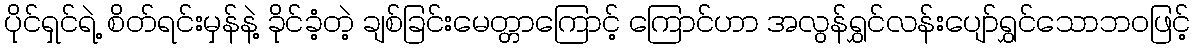
ပိုင်ရှင်ရဲ့ စိတ်ရင်းမှန်နဲ့ ခိုင်ခံ့တဲ့ ချစ်ခြင်းမေတ္တာကြောင့် ကြောင်ဟာ အလွန်ရွှင်လန်းပျော်ရွှင်သောဘဝဖြင့်